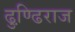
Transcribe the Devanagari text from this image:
ढुण्ढि़राज